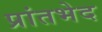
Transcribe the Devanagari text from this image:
प्रांतभेद